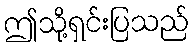
ဤသို့ရှင်းပြသည်